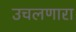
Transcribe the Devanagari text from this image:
उचलणारा